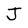
Character: J